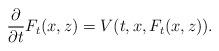
LaTeX: \begin{align*} \frac{\partial}{\partial t} F_t(x,z) = V(t,x,F_t(x,z)).\end{align*}